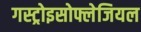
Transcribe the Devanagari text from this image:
गस्ट्रोइसोफ्लेजियल